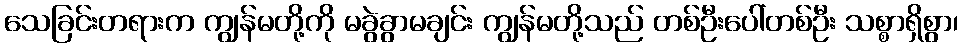
သေခြင်းတရားက ကျွန်မတို့ကို မခွဲခွာမချင်း ကျွန်မတို့သည် တစ်ဦးပေါ်တစ်ဦး သစ္စာရှိစွာ၊